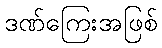
ဒဏ်ကြေးအဖြစ်